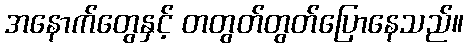
အနောက်တွေနှင့် တတွတ်တွတ်ပြောနေသည်။